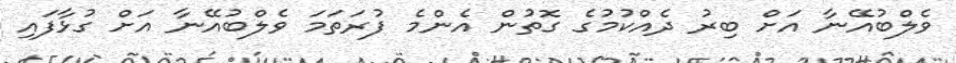
ވެލްބުއޭނާ އަށް ބިރު ދެއްކުމުގެ ގޮތުން އެންމެ ފުރަތަމަ ވެލްބުއޭނާ އަށް ގުޅާފައި